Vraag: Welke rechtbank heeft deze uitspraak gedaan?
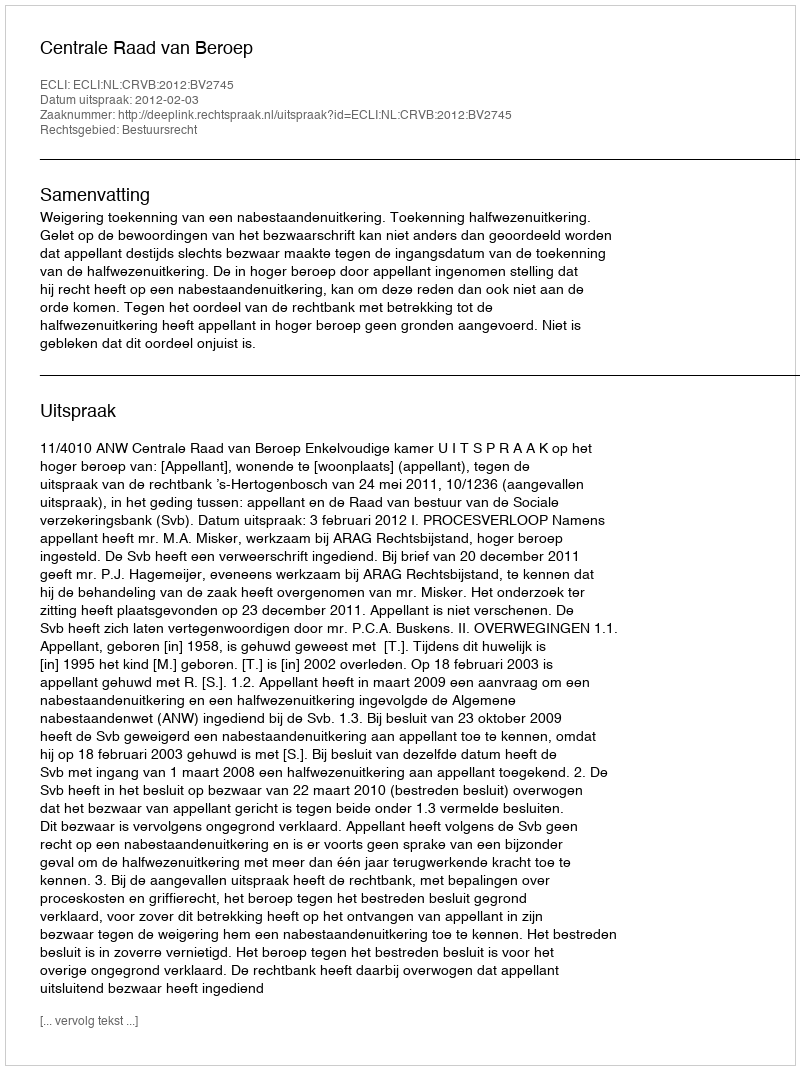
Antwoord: Centrale Raad van Beroep